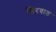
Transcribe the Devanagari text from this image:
शिरवाड